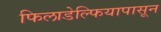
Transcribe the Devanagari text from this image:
फिलाडेल्फियापासून